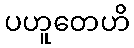
ပဟူတေဟိ